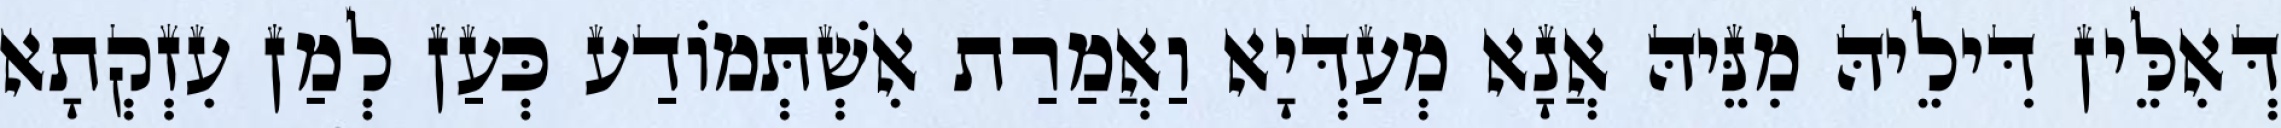
דְּאִלֵּין דִּילֵיהּ מִנֵּיהּ אֲנָא מְעַדְּיָא וַאֲמַרַת אִשְׁתְּמוֹדַע כְּעַן לְמַן עִזְקְתָא